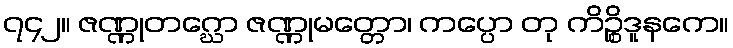
၇၄၂။ ဇဏ္ဏုတဂ္ဃော ဇဏ္ဏုမတ္တော၊ ကပ္ပော တု ကိဉ္စိဒူနကေ။